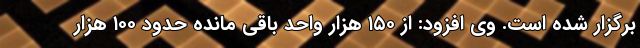
برگزار شده است. وی افزود: از ۱۵۰ هزار واحد باقی مانده حدود ۱۰۰ هزار